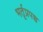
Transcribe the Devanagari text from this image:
भर्तृप्रपञ्च